Report on vaccination in the Province of Bengal - 1869-1873
Year: 1869
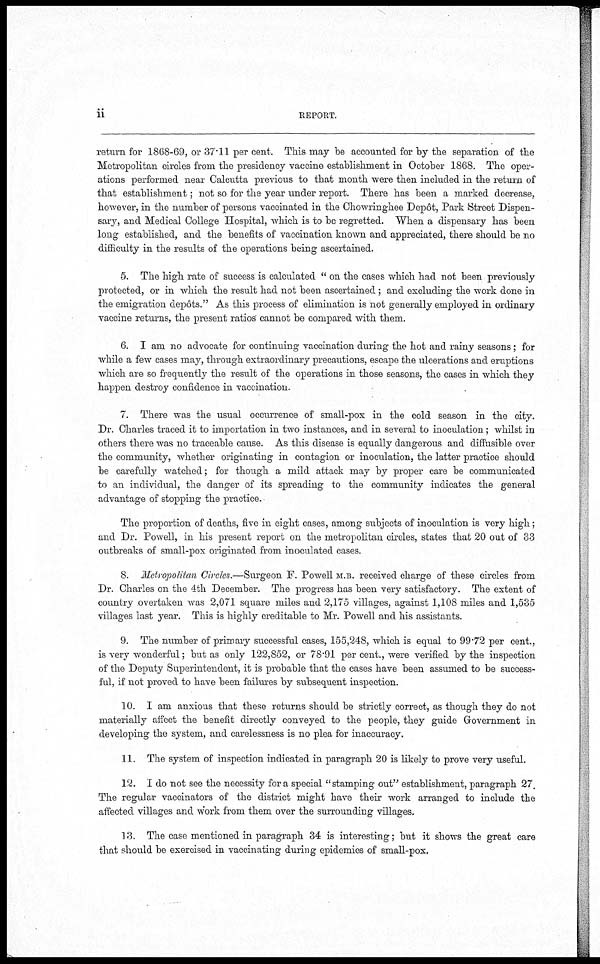
ii
REPORT.
return for 1868-69, or 37.11 per cent. This may be accounted for by the separation of the
Metropolitan circles from the presidency vaccine establishment in October 1868. The oper-
ations performed near Calcutta previous to that month were then included in the return of
that establishment; not so for the year under report. There has been a marked decrease,
however, in the number of persons vaccinated in the Chowringhee Depôt, Park Street Dispen-
sary, and Medical College Hospital, which is to be regretted. When a dispensary has been
long established, and the benefits of vaccination known and appreciated, there should be no
difficulty in the results of the operations being ascertained.
5. The high rate of success is calculated " on the cases which had not been previously
protected, or in which the result had not been ascertained ; and excluding the work done in
the emigration depôts." As this process of elimination is not generally employed in ordinary
vaccine returns, the present ratios cannot be compared with them.
6. I am no advocate for continuing vaccination during the hot and rainy seasons; for
while a few cases may, through extraordinary precautions, escape the ulcerations and eruptions
which are so frequently the result of the operations in those seasons, the cases in which they
happen destroy confidence in vaccination.
7. There was the usual occurrence of small-pox in the cold season in the city.
Dr. Charles traced it to importation in two instances, and in several to inoculation; whilst in
others there was no traceable cause. As this disease is equally dangerous and diffusible over
the community, whether originating in contagion or inoculation, the latter practice should
be carefully watched; for though a mild attack may by proper care be communicated
to an individual, the danger of its spreading to the community indicates the general
advantage of stopping the practice.
The proportion of deaths, five in eight cases, among subjects of inoculation is very high;
and Dr. Powell, in his present report on the metropolitan circles, states that 20 out of 33
outbreaks of small-pox originated from inoculated cases.
8. Metropolitan Circles.—Surgeon F. Powell M.B. received charge of these circles from
Dr. Charles on the 4th December. The progress has been very satisfactory. The extent of
country overtaken was 2,071 square miles and 2,175 villages, against 1,108 miles and 1,535
villages last year. This is highly creditable to Mr. Powell and his assistants.
9. The number of primary successful cases, 155,248, which is equal to 99.72 per cent.,
is very wonderful; but as only 122,852, or 78.91 per cent., were verified by the inspection
of the Deputy Superintendent, it is probable that the cases have been assumed to be success-
ful, if not proved to have been failures by subsequent inspection.
10. I am anxious that these returns should be strictly correct, as though they do not
materially affect the benefit directly conveyed to the people, they guide Government in
developing the system, and carelessness is no plea for inaccuracy.
11. The system of inspection indicated in paragraph 20 is likely to prove very useful.
12. I do not see the necessity for a special "stamping out" establishment, paragraph 27.
The regular vaccinators of the district might have their work arranged to include the
affected villages and work from them over the surrounding villages.
13. The case mentioned in paragraph 34 is interesting; but it shows the great care
that should be exercised in vaccinating during epidemics of small-pox.